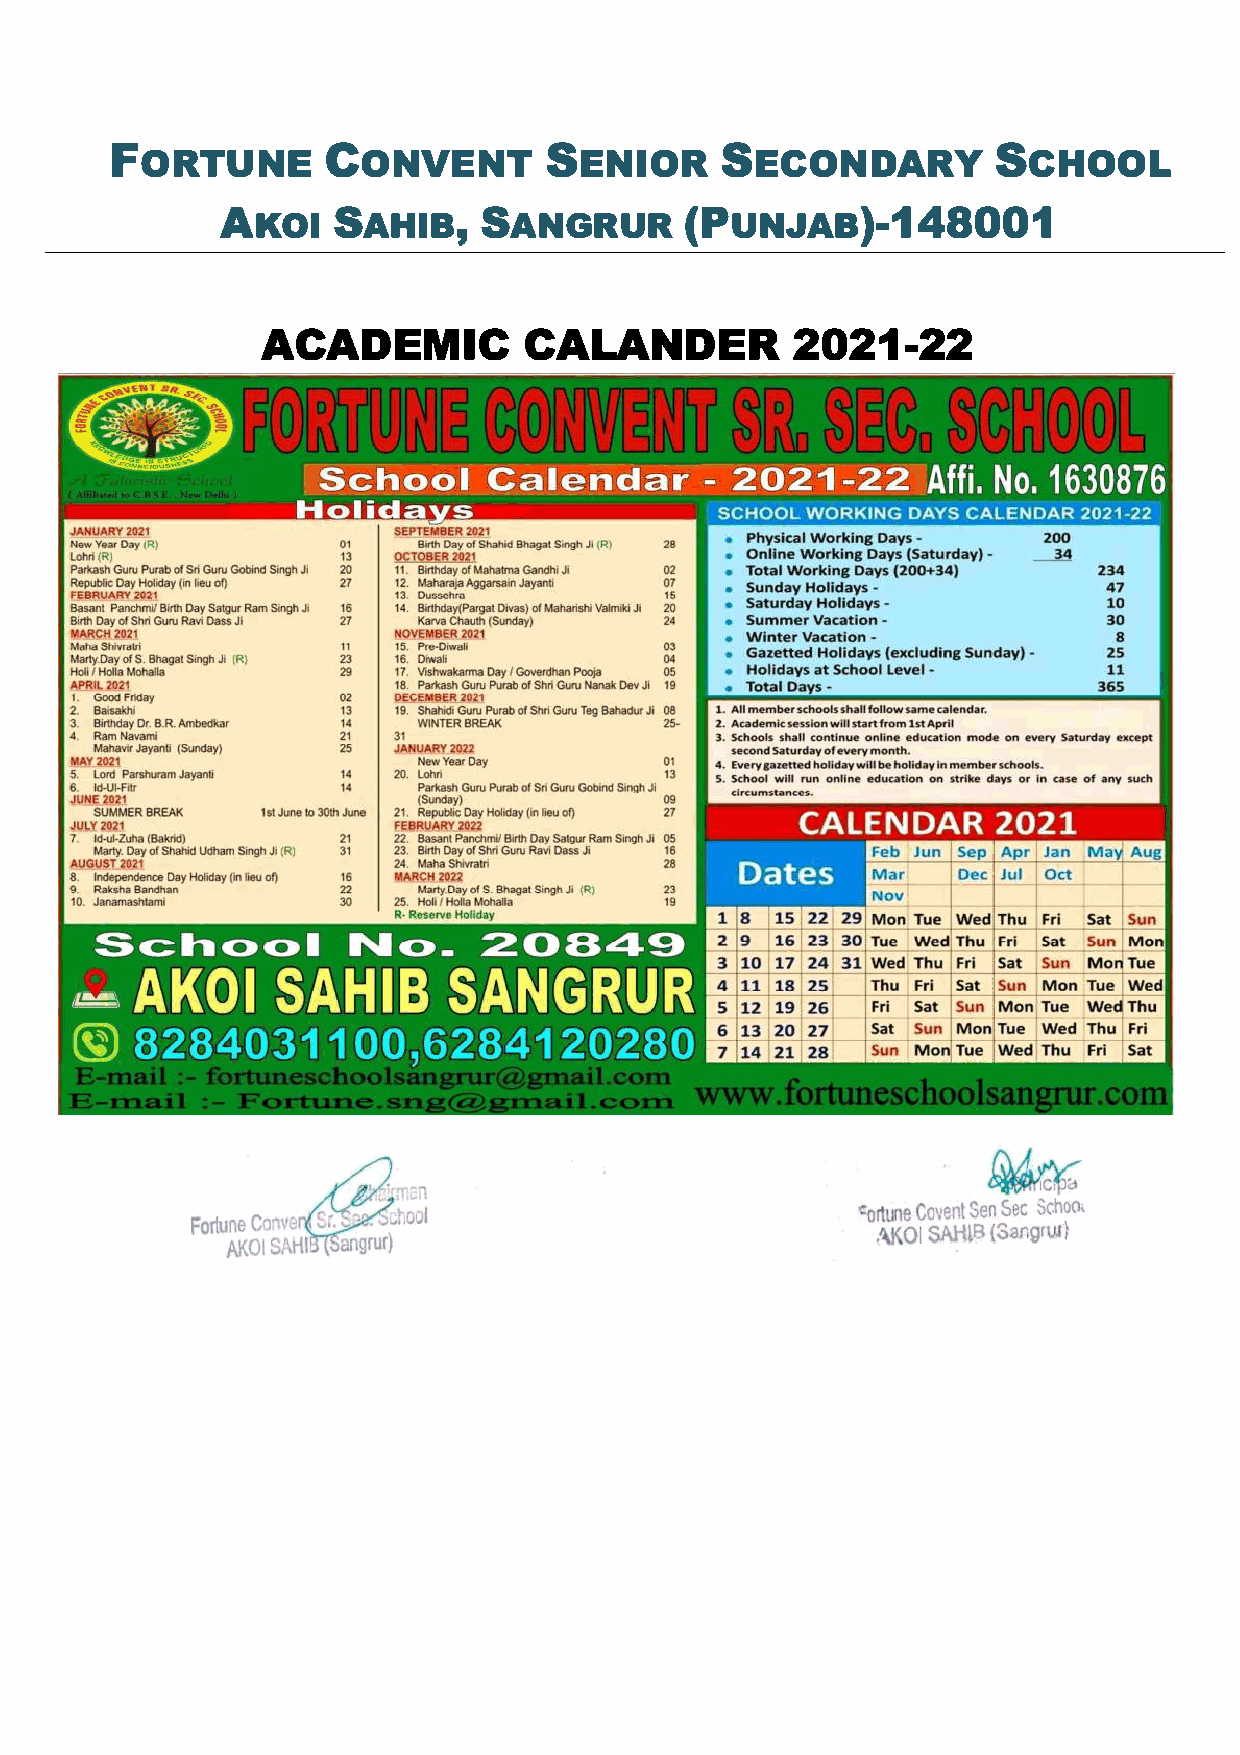
F             C              S           S                 S
 ORTUNE         ONVENT        ENIOR       ECONDARY          CHOOL
 A      S       , S            (P          )-148001
 KOI    AHIB      ANGRUR        UNJAB
 ACADEMIC          CALANDER         2021-22